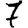
Digit: 7